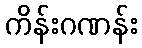
ကိန်းဂဏန်း